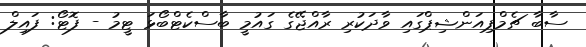
ސާބާ ޗެމްޕިއަންޝިޕްގައި ވާދަކުރި ރާއްޖޭގެ ގައުމީ ބާސްކެޓްބޯޅަ ޓީމު - ފޮޓޯ: ފައިލް